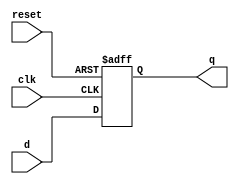
// D flip-flop
module DFF (clk, reset,
  d, q);
  input      clk;
  input      reset;
  input      d;
  output reg q;


  always @(posedge clk or posedge reset)
  begin
    if (reset) begin
      // Asynchronous reset when reset goes high
      q <= 1'b0;
    end else begin
      // Assign D to Q on positive clock edge
      q <= d;
    end
  end
endmodule